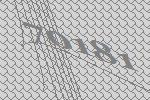
70181